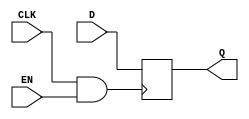
module MemoryBlock (
    input wire CLK,      // Main clock signal
    input wire EN,       // Enable signal
    input wire [7:0] D,  // Data input
    output reg [7:0] Q   // Data output
);

// Internal gated clock signal
wire gated_clk;

// Clock gating using AND gate
assign gated_clk = CLK & EN;

// Memory element (e.g., flip-flop) that operates on gated clock
always @(posedge gated_clk) begin
    Q <= D;  // Latch the data on the positive edge of the gated clock
end

endmodule